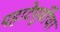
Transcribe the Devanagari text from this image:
पहाटेपूर्वींचा